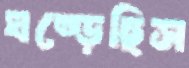
ঘষ্‌ড়েছিস